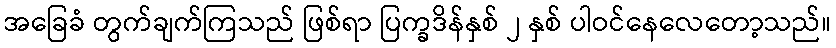
အခြေခံ တွက်ချက်ကြသည် ဖြစ်ရာ ပြက္ခဒိန်နှစ် ၂ နှစ် ပါဝင်နေလေတော့သည်။